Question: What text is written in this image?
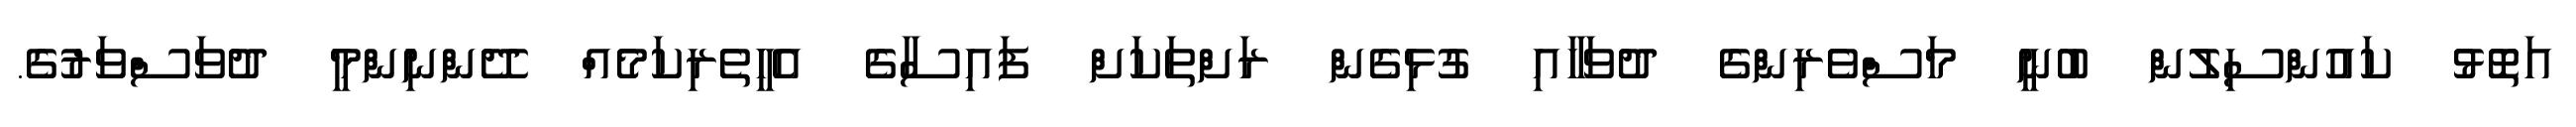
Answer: އަތޮޅު ކައުންސިލުން ބުނީ މަސްވެރިންގެ ދުވަހާއި ގުޅިގެން ރަށްތަކަށް ފައިސާގެ އެހީތެރިކަމެއް ދޭންނިންމީ ދުވަސްވަރުގެ.